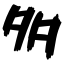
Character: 多